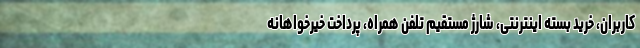
کاربران، خرید بسته اینترنتی، شارژ مستقیم تلفن همراه، پرداخت خیرخواهانه